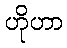
ဟိုဟာ